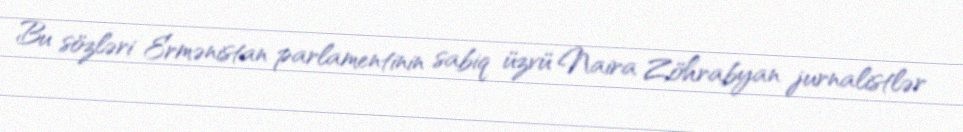
Bu sözləri Ermənistan parlamentinin sabiq üzvü Naira Zöhrabyan jurnalistlər